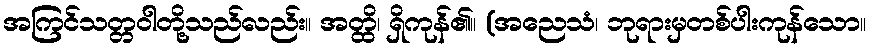
အကြင်သတ္တဝါတို့သည်လည်း။ အတ္ထိ၊ ရှိကုန်၏။ (အညေသံ၊ ဘုရားမှတစ်ပါးကုန်သော။